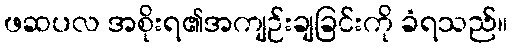
ဖဆပလ အစိုးရ၏အကျဉ်းချခြင်းကို ခံရသည်။